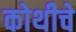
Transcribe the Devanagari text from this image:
कोथीचे